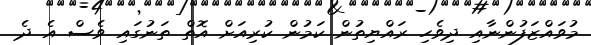
މުވައްޒަފުންނާއި ދިވެހި ރައްޔިތުން ކަމުން ކުރިއަށް އޮތް ތަނުގައި ވެސް އެ ދެ